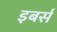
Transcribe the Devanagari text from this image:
इबर्स